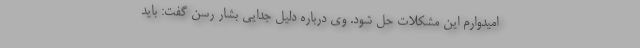
امیدوارم این مشکلات حل شود. وی درباره دلیل جدایی بشار رسن گفت: باید